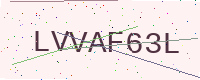
Text: LVVAF63L